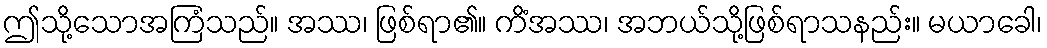
ဤသို့သောအကြံသည်။ အဿ၊ ဖြစ်ရာ၏။ ကိံအဿ၊ အဘယ်သို့ဖြစ်ရာသနည်း။ မယာခေါ၊